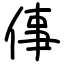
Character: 倳